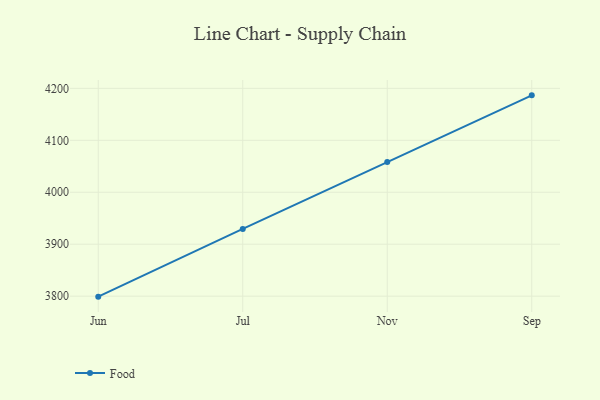
{"axis": {"x": "Month", "y": "Budget (USD K)"}, "legend": ["Food"], "data": [{"x": "Jun", "y": 3799.1, "type": "Food"}, {"x": "Jul", "y": 3929.5, "type": "Food"}, {"x": "Nov", "y": 4058.0, "type": "Food"}, {"x": "Sep", "y": 4186.5, "type": "Food"}]}